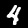
Label: 4